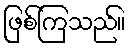
ဖြစ်ကြသည်။